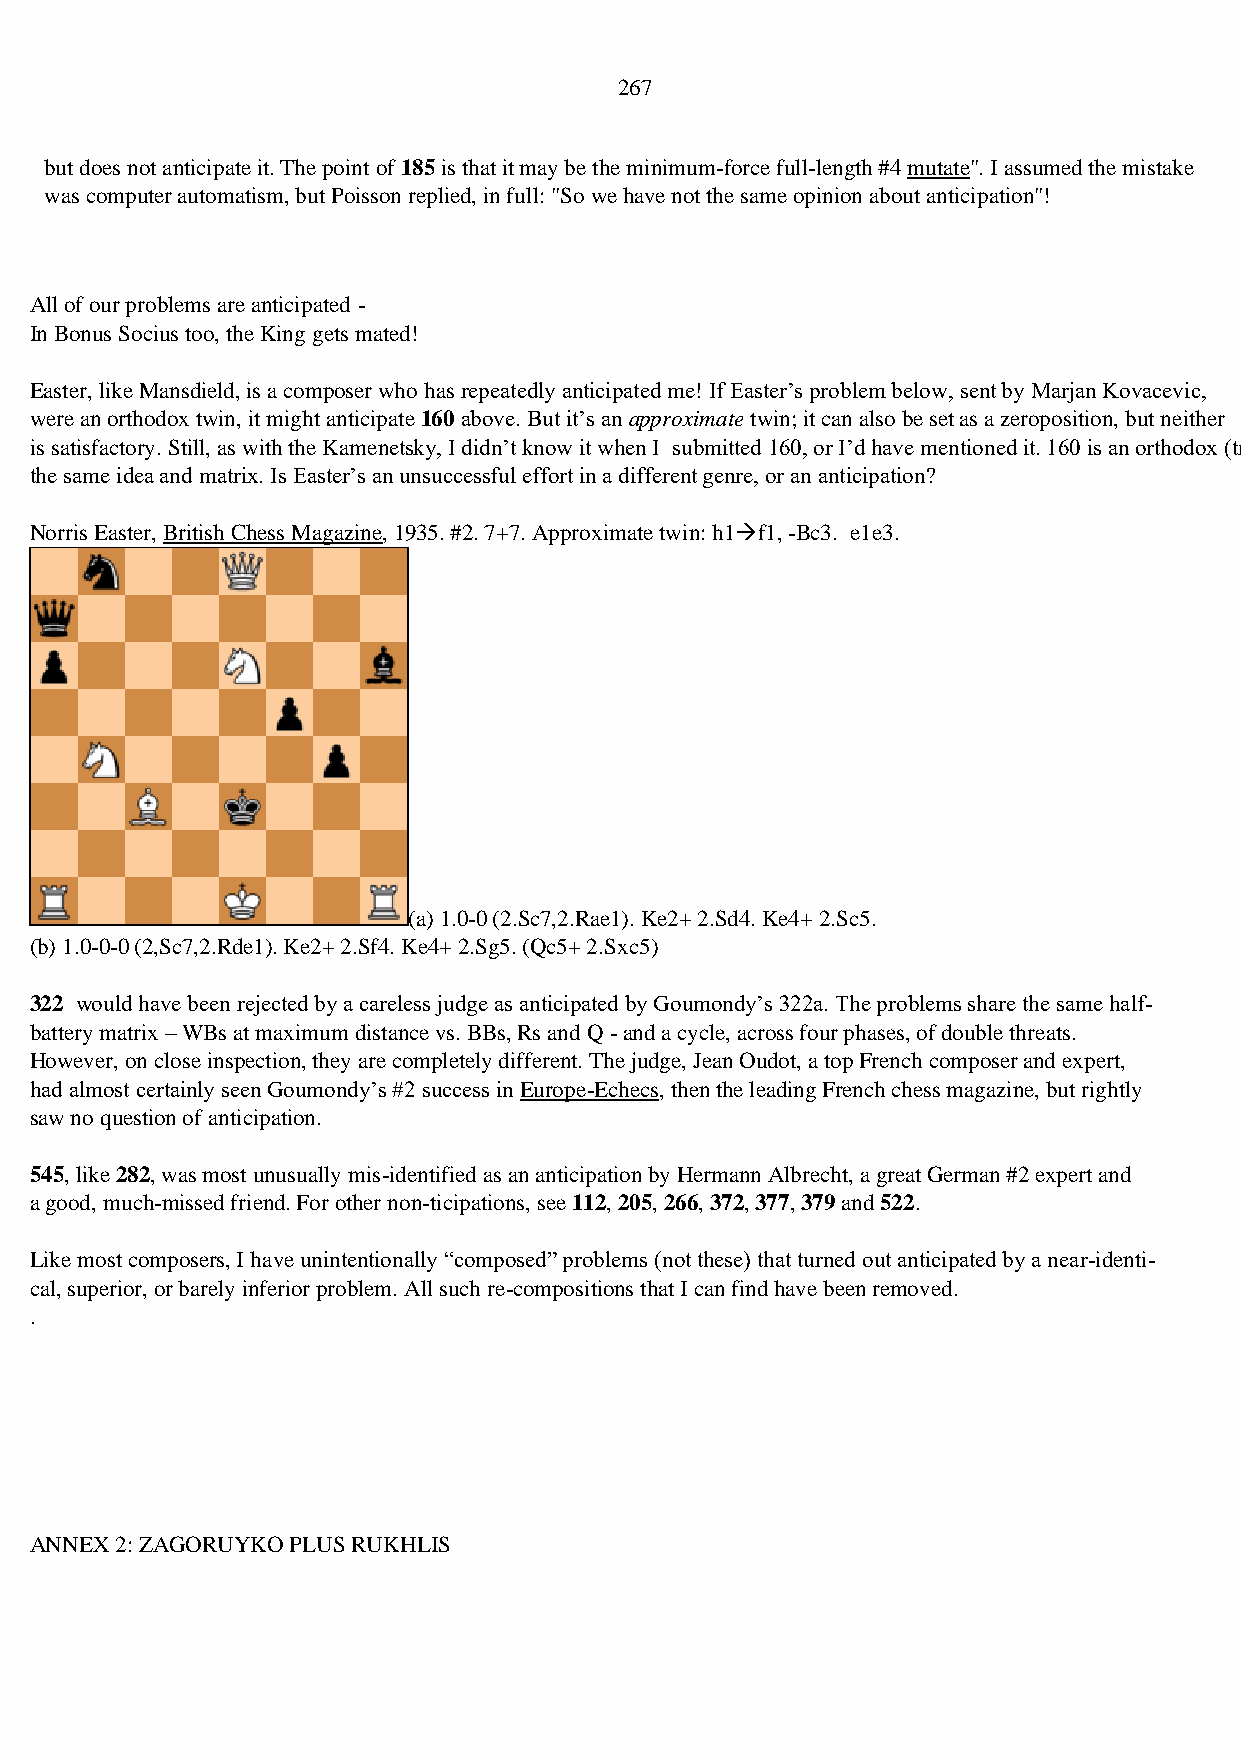
267
 but does not anticipate it. The point of 185 is that it may be the minimum-force full-length #4 mutate". I assumed the mistake
 was computer automatism, but Poisson replied, in full: "So we have not the same opinion about anticipation"!
 All of our problems are anticipated -
 In Bonus Socius too, the King gets mated!
 Easter, like Mansdield, is a composer who has repeatedly anticipated me! If Easter’s problem below, sent by Marjan Kovacevic,
 were an orthodox twin, it might anticipate 160 above. But it’s an approximate twin; it can also be set as a zeroposition, but neither
 is satisfactory. Still, as with the Kamenetsky, I didn’t know it when I submitted 160, or I’d have mentioned it. 160 is an orthodox (try-key) setting of
 the same idea and matrix. Is Easter’s an unsuccessful effort in a different genre, or an anticipation?
 Norris Easter, British Chess Magazine, 1935. #2. 7+7. Approximate twin: h1→f1, -Bc3. e1e3.
 (a) 1.0-0 (2.Sc7,2.Rae1). Ke2+ 2.Sd4. Ke4+ 2.Sc5.
 (b) 1.0-0-0 (2,Sc7,2.Rde1). Ke2+ 2.Sf4. Ke4+ 2.Sg5. (Qc5+ 2.Sxc5)
 322 would have been rejected by a careless judge as anticipated by Goumondy’s 322a. The problems share the same half-
 battery matrix – WBs at maximum distance vs. BBs, Rs and Q - and a cycle, across four phases, of double threats.
 However, on close inspection, they are completely different. The judge, Jean Oudot, a top French composer and expert,
 had almost certainly seen Goumondy’s #2 success in Europe-Echecs, then the leading French chess magazine, but rightly
 saw no question of anticipation.
 545, like 282, was most unusually mis-identified as an anticipation by Hermann Albrecht, a great German #2 expert and
 a good, much-missed friend. For other non-ticipations, see 112, 205, 266, 372, 377, 379 and 522.
 Like most composers, I have unintentionally “composed” problems (not these) that turned out anticipated by a near-identi-
 cal, superior, or barely inferior problem. All such re-compositions that I can find have been removed.
 .
 ANNEX 2: ZAGORUYKO PLUS RUKHLIS